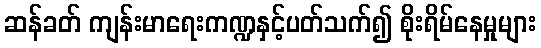
ဆန်ခတ် ကျန်းမာရေးကဏ္ဍနှင့်ပတ်သက်၍ စိုးရိမ်နေမှုများ